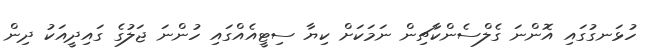
ހުޅަނގުގައި އޮންނަ ގެލްސެންކާޗިން ނަމަކަށް ކިޔާ ސިޓީއެއްގައި ހުންނަ ޖަލުގެ ގައިދީއަކު ދިން